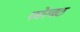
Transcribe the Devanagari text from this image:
फोरबठ